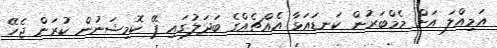
އަމިއްލަ އަށް މެމްބަރުން ކަނޑައަޅާ އެއްޗެއްގެ ބަދަލުގައި ޕޭ ކޮމިޝަނުން ކުރަން ޖެހޭ